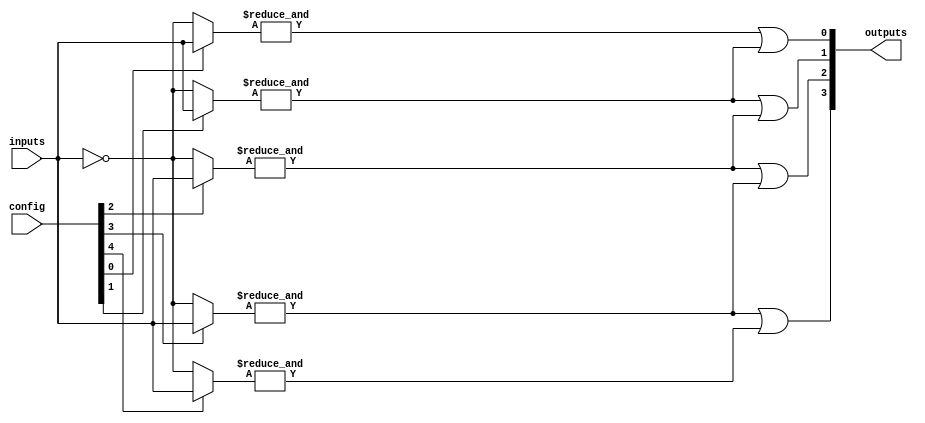
module FlashProgrammablePAL (
    input wire [N-1:0] inputs,          // N input pins
    input wire [M-1:0] config,          // Configuration for AND array (programming data)
    output wire [P-1:0] outputs          // P output pins
);

parameter N = 8;     // Number of input pins
parameter M = 16;    // Number of AND gates (product terms)
parameter P = 4;     // Number of OR gates (outputs)

// Internal signals for AND array and OR array
wire [M-1:0] and_outputs;

// Programmable AND array
genvar i, j;
generate
    for (i = 0; i < M; i = i + 1) begin: and_array
        wire [N-1:0] and_inputs;
        // Connect each AND gate to the corresponding inputs based on the config
        assign and_inputs = (config[i] == 1'b1) ? inputs : ~inputs; // Example logic for input selection
        
        // AND gate logic
        assign and_outputs[i] = &and_inputs; // AND operation on selected inputs
    end
endgenerate

// Fixed OR array
generate
    for (j = 0; j < P; j = j + 1) begin: or_array
        // Connect AND outputs to OR gates (example connections)
        assign outputs[j] = and_outputs[j] | and_outputs[j+1]; // Example OR logic
    end
endgenerate

endmodule